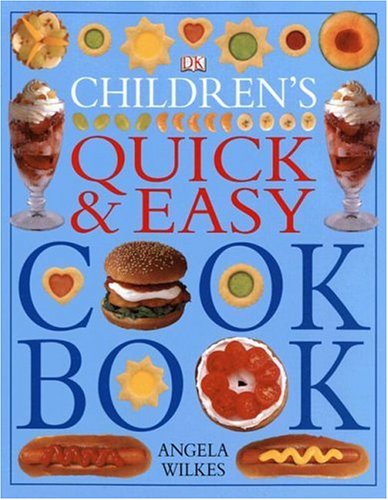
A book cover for Children's Quick and Easy Cookbook; Angela Wilkes; Children's Books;